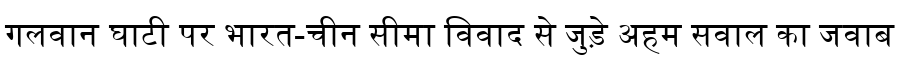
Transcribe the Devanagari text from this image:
गलवान घाटी पर भारत-चीन सीमा विवाद से जुड़े अहम सवाल का जवाब